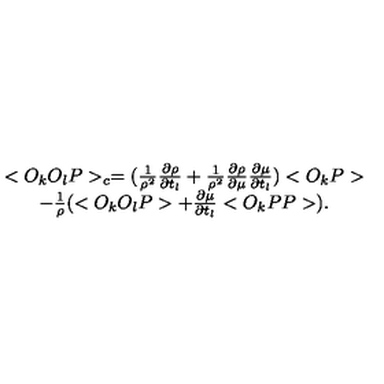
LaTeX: \begin{array} { c } { < O _ { k } O _ { l } P > _ { c } = ( \frac { 1 } { \rho ^ { 2 } } \frac { \partial \rho } { \partial t _ { l } } + \frac { 1 } { \rho ^ { 2 } } \frac { \partial \rho } { \partial \mu } \frac { \partial \mu } { \partial t _ { l } } ) < O _ { k } P > } \\ { - \frac { 1 } { \rho } ( < O _ { k } O _ { l } P > + \frac { \partial \mu } { \partial t _ { l } } < O _ { k } P P > ) . } \\ \end{array}